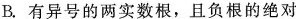
B.有异号的两实数根，且负根的绝对